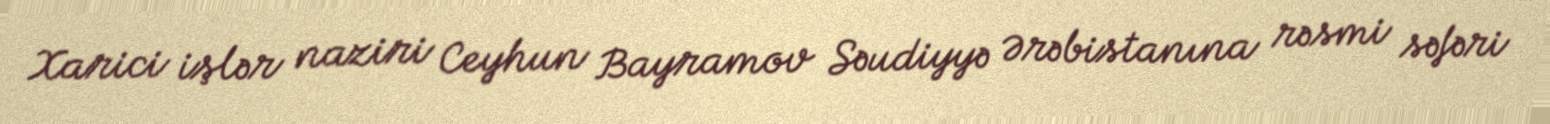
Xarici işlər naziri Ceyhun Bayramov Səudiyyə Ərəbistanına rəsmi səfəri